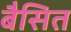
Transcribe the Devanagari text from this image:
बैसित